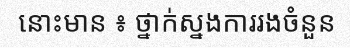
នោះមាន ៖ ថ្នាក់ស្នងការរងចំនួន